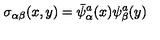
\sigma _ { \alpha \beta } ( x , y ) = \bar { \psi } _ { \alpha } ^ { a } ( x ) \psi _ { \beta } ^ { a } ( y )